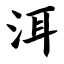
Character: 洱